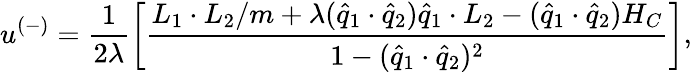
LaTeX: u^{(-)}=\frac{1}{2\lambda}\left[\frac{L_{1}\cdot L_{2}/m+\lambda(\widehat{q}_{1}\cdot\widehat{q}_{2})\widehat{q}_{1}\cdot L_{2}-(\widehat{q}_{1}\cdot\widehat{q}_{2})H_{C}}{1-(\widehat{q}_{1}\cdot\widehat{q}_{2})^{2}}\right],